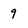
Character: 9